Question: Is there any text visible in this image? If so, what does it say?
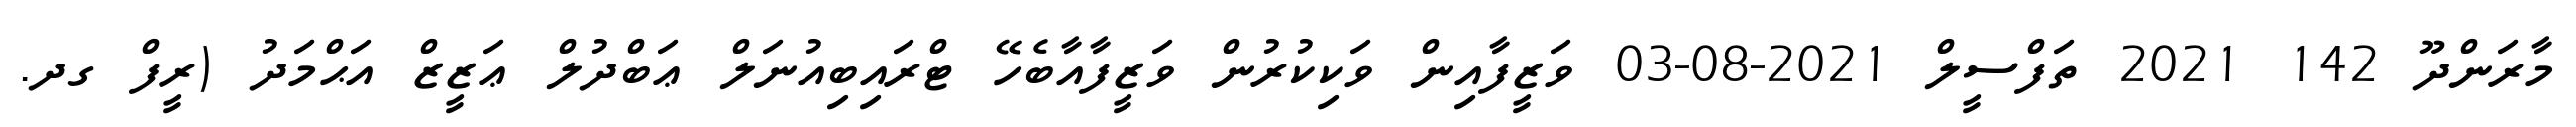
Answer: މާރަންދޫ 142 2021 ތަފްސީލް 2021-08-03 ވަޒީފާއިން ވަކިކުރުން ވަޒީފާއާބެހޭ ޓްރައިބިއުނަލް ޢަބްދުލް ޢަޒީޒް އަޙްމަދު (ރީފް ގދ.